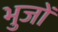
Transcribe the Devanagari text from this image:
भुजों